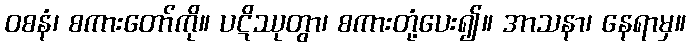
ဝစနံ၊ စကားတော်ကို။ ပဋိဿုတွာ၊ စကားတုံ့ပေး၍။ အာသနာ၊ နေရာမှ။